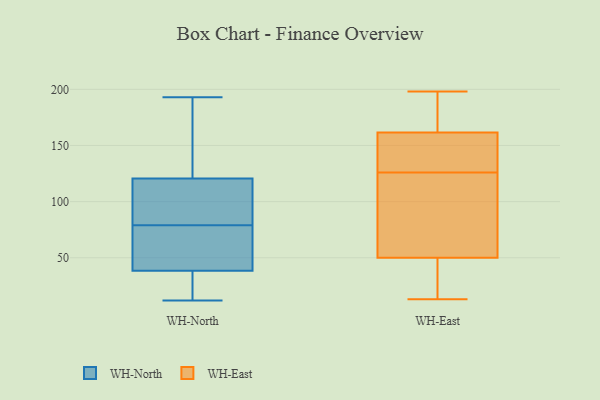
{"axis": {"x": "Latency (ms)", "y": "Value"}, "legend": ["WH-East", "WH-North"], "data": [{"x": "", "y": 115, "type": "WH-North"}, {"x": "", "y": 60, "type": "WH-North"}, {"x": "", "y": 193, "type": "WH-North"}, {"x": "", "y": 157, "type": "WH-North"}, {"x": "", "y": 17, "type": "WH-North"}, {"x": "", "y": 18, "type": "WH-North"}, {"x": "", "y": 31, "type": "WH-North"}, {"x": "", "y": 47, "type": "WH-North"}, {"x": "", "y": 50, "type": "WH-North"}, {"x": "", "y": 137, "type": "WH-North"}, {"x": "", "y": 41, "type": "WH-North"}, {"x": "", "y": 79, "type": "WH-North"}, {"x": "", "y": 138, "type": "WH-North"}, {"x": "", "y": 104, "type": "WH-North"}, {"x": "", "y": 113, "type": "WH-North"}, {"x": "", "y": 101, "type": "WH-North"}, {"x": "", "y": 12, "type": "WH-North"}, {"x": "", "y": 145, "type": "WH-East"}, {"x": "", "y": 86, "type": "WH-East"}, {"x": "", "y": 47, "type": "WH-East"}, {"x": "", "y": 47, "type": "WH-East"}, {"x": "", "y": 142, "type": "WH-East"}, {"x": "", "y": 115, "type": "WH-East"}, {"x": "", "y": 172, "type": "WH-East"}, {"x": "", "y": 185, "type": "WH-East"}, {"x": "", "y": 39, "type": "WH-East"}, {"x": "", "y": 169, "type": "WH-East"}, {"x": "", "y": 152, "type": "WH-East"}, {"x": "", "y": 29, "type": "WH-East"}, {"x": "", "y": 198, "type": "WH-East"}, {"x": "", "y": 53, "type": "WH-East"}, {"x": "", "y": 137, "type": "WH-East"}, {"x": "", "y": 92, "type": "WH-East"}, {"x": "", "y": 65, "type": "WH-East"}, {"x": "", "y": 13, "type": "WH-East"}, {"x": "", "y": 177, "type": "WH-East"}, {"x": "", "y": 154, "type": "WH-East"}]}